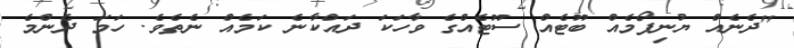
"ދެނެއް ޔުނިފޯމެއް ބޫޓެއް ސޫޓެއްގެ ވާހަކަ ދައްކާނެ ކަމެއް ނެތެވެ. ހަމަ ދެންމެ